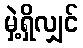
မှဲ့ရှိလျှင်